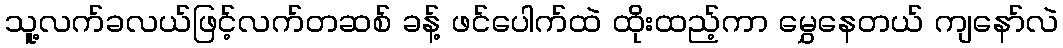
သူ့လက်ခလယ်ဖြင့်လက်တဆစ် ခန့် ဖင်ပေါက်ထဲ ထိုးထည့်ကာ မွှေနေတယ် ကျနော်လဲ